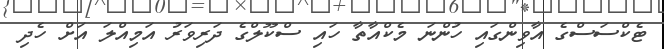
ޓެކްސަސްގެ އާވިންގައި ހުންނަ މެކްއާތާ ހައި ސްކޫލްގެ ދަރިވަރު އަމިއްލަ އަށް ހެދި